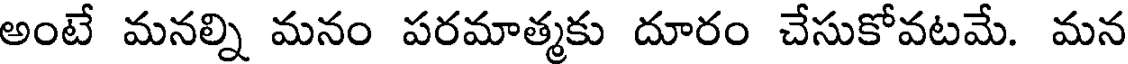
అంటే మనల్ని మనం పరమాత్మకు దూరం చేసుకోవటమే. మన